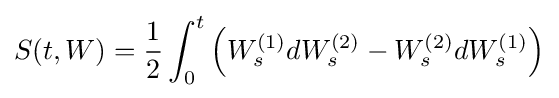
S(t,W)={\frac {1}{2}}\int _{0}^{t}\left(W_{s}^{(1)}dW_{s}^{(2)}-W_{s}^{(2)}dW_{s}^{(1)}\right)